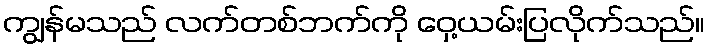
ကျွန်မသည် လက်တစ်ဘက်ကို ဝှေ့ယမ်းပြလိုက်သည်။